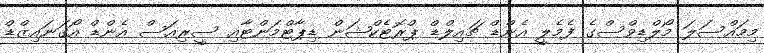
މިމައްސަލަ މޯލްޑިވްސްގެ ފެމެލީ އެންޑް ޗައިލްޑް ޕްރޮޓެކްޝަން ޑިޕާޓްމަންޓާއި ސީރިއަސް އެންޑް އޯގަނައިޒްޑް